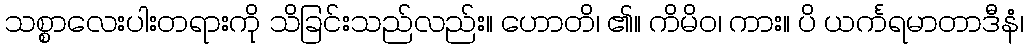
သစ္စာလေးပါးတရားကို သိခြင်းသည်လည်း။ ဟောတိ၊ ၏။ ကိမိဝ၊ ကား။ ပိ ယင်္ကရမာတာဒီနံ၊